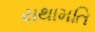
યથામતિ